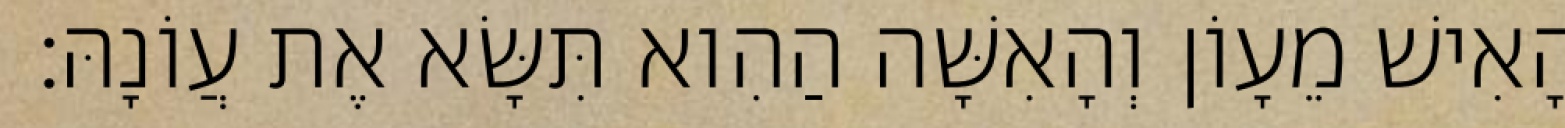
הָאִישׁ מֵעָוֹן וְהָאִשָּׁה הַהִוא תִּשָּׂא אֶת עֲוֹנָהּ׃